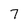
Character: 7